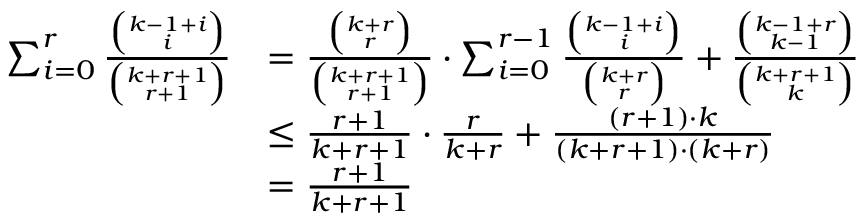
\begin{array} { r l } { \sum _ { i = 0 } ^ { r } \frac { { \binom { k - 1 + i } { i } } } { { \binom { k + r + 1 } { r + 1 } } } } & { = \frac { { \binom { k + r } { r } } } { { \binom { k + r + 1 } { r + 1 } } } \cdot \sum _ { i = 0 } ^ { r - 1 } \frac { { \binom { k - 1 + i } { i } } } { { \binom { k + r } { r } } } + \frac { { \binom { k - 1 + r } { k - 1 } } } { { \binom { k + r + 1 } { k } } } } \\ & { \leq \frac { r + 1 } { k + r + 1 } \cdot \frac { r } { k + r } + \frac { ( r + 1 ) \cdot k } { ( k + r + 1 ) \cdot ( k + r ) } } \\ & { = \frac { r + 1 } { k + r + 1 } } \end{array}